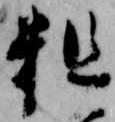
粗